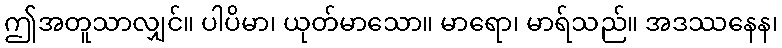
ဤအတူသာလျှင်။ ပါပိမာ၊ ယုတ်မာသော။ မာရော၊ မာရ်သည်။ အဒဿနေန၊